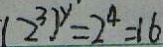
( 2 ^ { 3 } ) ^ { y } = 2 ^ { 4 } = 1 6